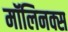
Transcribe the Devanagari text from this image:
मॉलिनक्स